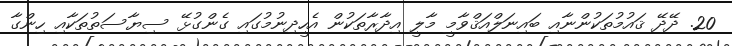
20. ދޭދޭ ޤައުމުތަކުންނާއި ބައިނަލްއަޤްވާމީ މާލީ އިދާރާތަކުން އެހީދިނުމުގައި ގެންގުޅޭ ސިޔާސަތުތަކާއި ހިންގާ